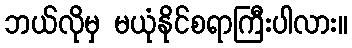
ဘယ်လိုမှ မယုံနိုင်စရာကြီးပါလား။